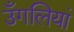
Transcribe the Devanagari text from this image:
उँगलियां